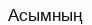
Асымның